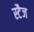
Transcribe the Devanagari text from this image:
स्टैज